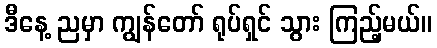
ဒီနေ့ ညမှာ ကျွန်တော် ရုပ်ရှင် သွား ကြည့်မယ်။